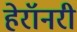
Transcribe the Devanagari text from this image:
हेरॉनरी